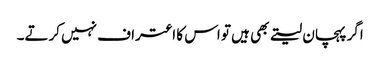
اگر پہچان لیتے بھی ہیں تو اس کا اعتراف نہیں کرتے۔